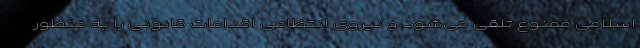
اسلامی ممنوع تلقی می‌شود و نیروی انتظامی اقدامات قانونی را به منظور